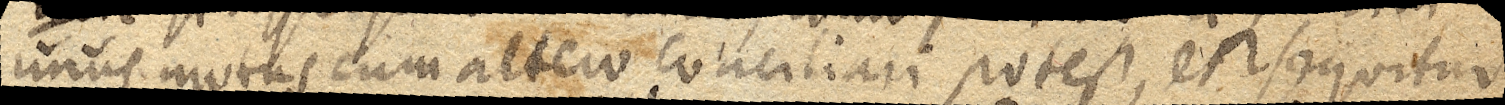
unus motus cum altero conciliari potest, et sequitur